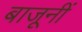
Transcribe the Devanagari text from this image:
बाजूनीं